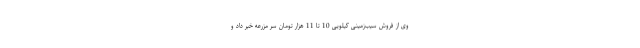
وی از فروش سیب‌زمینی کیلویی 10 تا 11 هزار تومان سر مزرعه خبر داد و